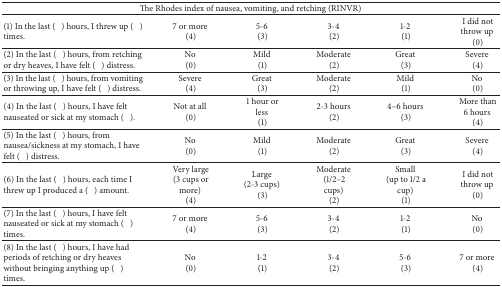
<table><thead><tr><td colspan="6"><b>The Rhodes index of nausea, vomiting, and retching (RINVR)</b></td></tr></thead><tbody><tr><td>(1) In the last () hours, I threw up () times.</td><td>7 or more (4)</td><td>5-6 (3)</td><td>3-4 (2)</td><td>1-2 (1)</td><td>I did not throw up (0)</td></tr><tr><td>(2) In the last () hours, from retching or dry heaves, I have felt () distress.</td><td>No (0)</td><td>Mild (1)</td><td>Moderate (2)</td><td>Great (3)</td><td>Severe (4)</td></tr><tr><td>(3) In the last () hours, from vomiting or throwing up, I have felt () distress.</td><td>Severe (4)</td><td>Great (3)</td><td>Moderate (2)</td><td>Mild (1)</td><td>No (0)</td></tr><tr><td>(4) In the last () hours, I have felt nauseated or sick at my stomach ().</td><td>Not at all (0)</td><td>1 hour or less (1)</td><td>2-3 hours (2)</td><td>4–6 hours (3)</td><td>More than 6 hours (4)</td></tr><tr><td>(5) In the last () hours, from nausea/sickness at my stomach, I have felt () distress.</td><td>No (0)</td><td>Mild (1)</td><td>Moderate (2)</td><td>Great (3)</td><td>Severe (4)</td></tr><tr><td>(6) In the last () hours, each time I threw up I produced a () amount.</td><td>Very large (3 cups or more) (4)</td><td>Large (2-3 cups) (3)</td><td>Moderate (1/2–2 cups) (2)</td><td>Small (up to 1/2 a cup) (1)</td><td>I did not throw up (0)</td></tr><tr><td>(7) In the last () hours, I have felt nauseated or sick at my stomach () times.</td><td>7 or more (4)</td><td>5-6 (3)</td><td>3-4 (2)</td><td>1-2 (1)</td><td>No (0)</td></tr><tr><td>(8) In the last () hours, I have had periods of retching or dry heaves without bringing anything up () times.</td><td>No (0)</td><td>1-2 (1)</td><td>3-4 (2)</td><td>5-6 (3)</td><td>7 or more (4)</td></tr></tbody></table>